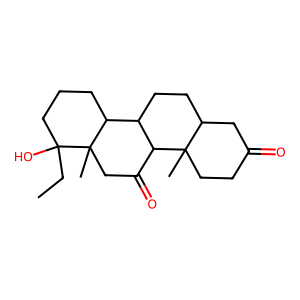
SMILES: CCC1(O)CCCC2C3CCC4CC(=O)CCC4(C)C3C(=O)CC21C
Inhibits HIV replication: No